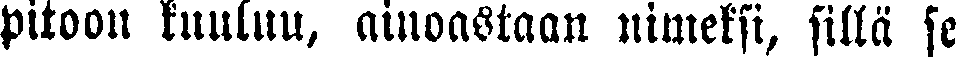
pitoon kuuluu, ainoastaan nimeksi, sillä se